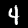
Digit: 4